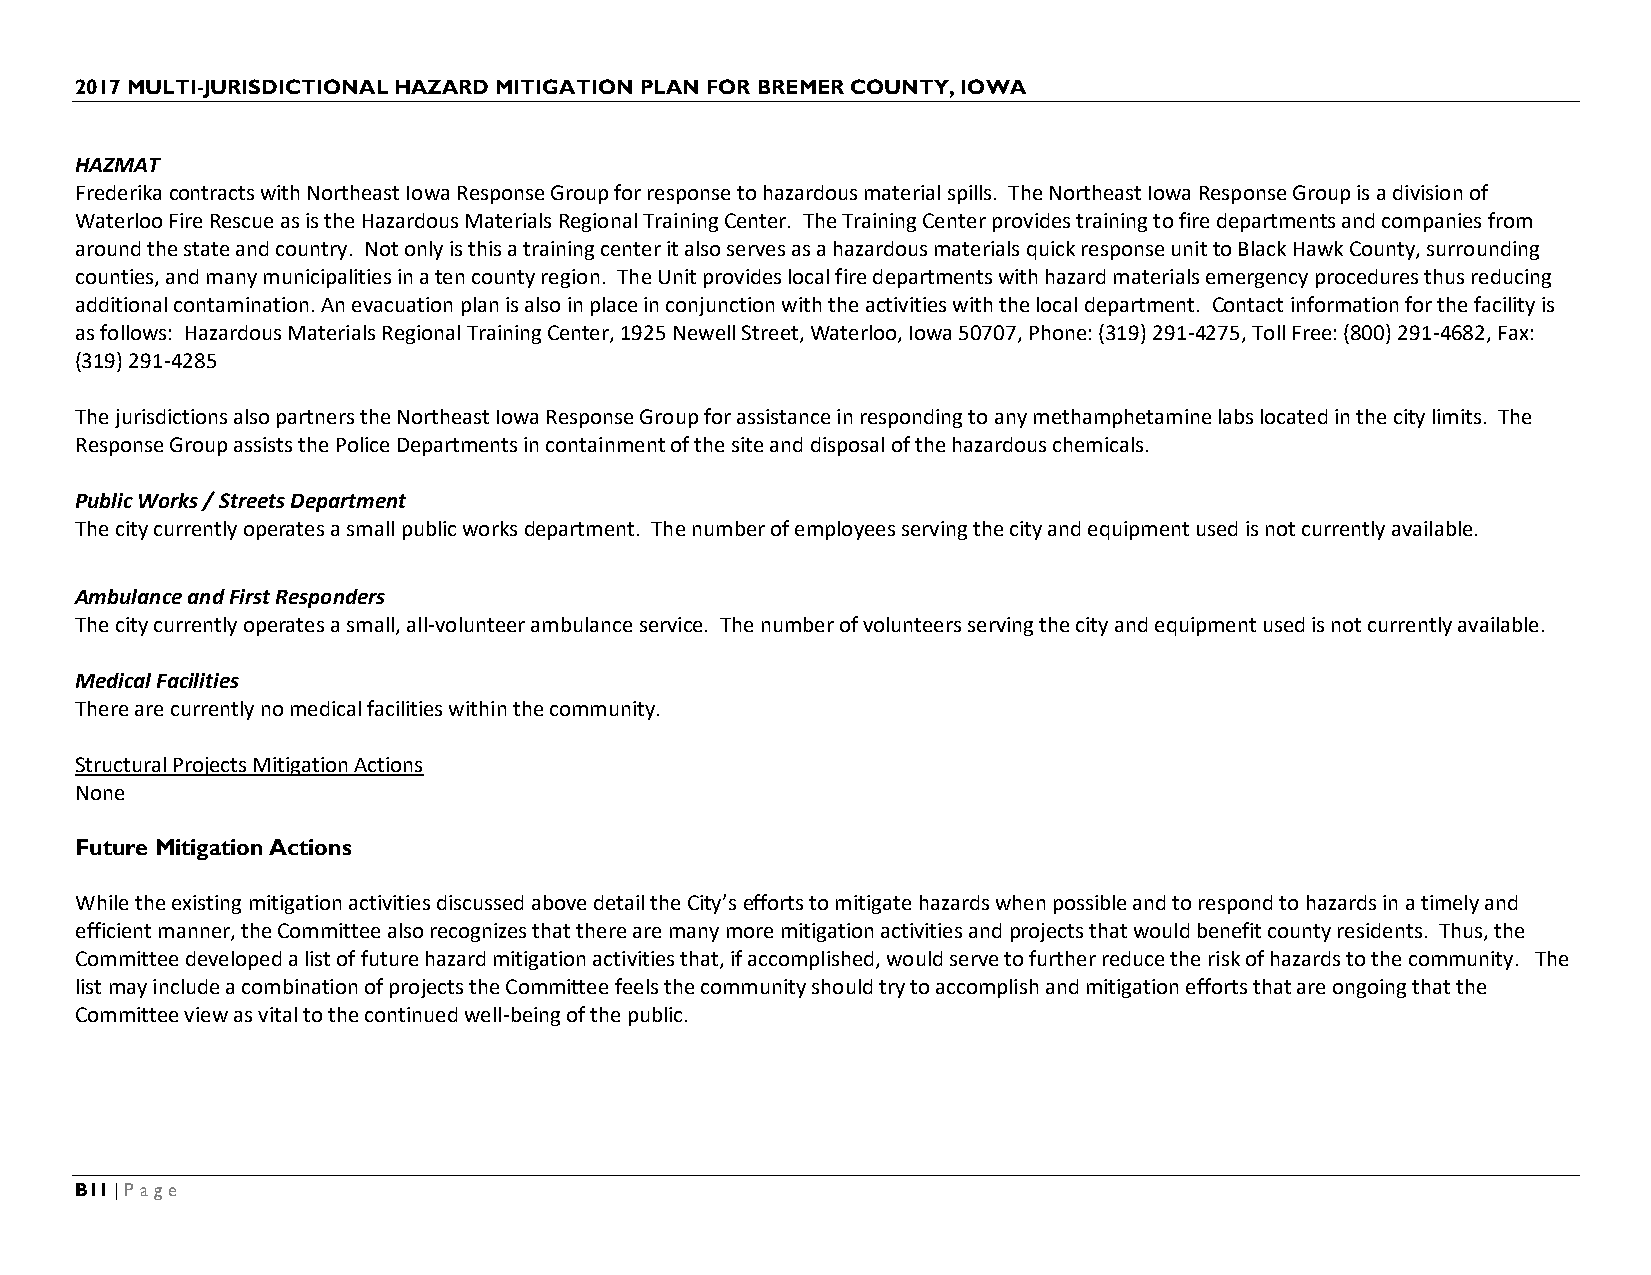
2017 MULTI-JURISDICTIONAL HAZARD MITIGATION PLAN FOR BREMER COUNTY, IOWA
 HAZMAT
 Frederika contracts with Northeast Iowa Response Group for response to hazardous material spills. The Northeast Iowa Response Group is a division of
 Waterloo Fire Rescue as is the Hazardous Materials Regional Training Center. The Training Center provides training to fire departments and companies from
 around the state and country. Not only is this a training center it also serves as a hazardous materials quick response unit to Black Hawk County, surrounding
 counties, and many municipalities in a ten county region. The Unit provides local fire departments with hazard materials emergency procedures thus reducing
 additional contamination. An evacuation plan is also in place in conjunction with the activities with the local department. Contact information for the facility is
 as follows: Hazardous Materials Regional Training Center, 1925 Newell Street, Waterloo, Iowa 50707, Phone: (319) 291-4275, Toll Free: (800) 291-4682, Fax:
 (319) 291-4285
 The jurisdictions also partners the Northeast Iowa Response Group for assistance in responding to any methamphetamine labs located in the city limits. The
 Response Group assists the Police Departments in containment of the site and disposal of the hazardous chemicals.
 Public Works / Streets Department
 The city currently operates a small public works department. The number of employees serving the city and equipment used is not currently available.
 Ambulance and First Responders
 The city currently operates a small, all-volunteer ambulance service. The number of volunteers serving the city and equipment used is not currently available.
 Medical Facilities
 There are currently no medical facilities within the community.
 Structural Projects Mitigation Actions
 None
 Future Mitigation Actions
 While the existing mitigation activities discussed above detail the City’s efforts to mitigate hazards when possible and to respond to hazards in a timely and
 efficient manner, the Committee also recognizes that there are many more mitigation activities and projects that would benefit county residents. Thus, the
 Committee developed a list of future hazard mitigation activities that, if accomplished, would serve to further reduce the risk of hazards to the community. The
 list may include a combination of projects the Committee feels the community should try to accomplish and mitigation efforts that are ongoing that the
 Committee view as vital to the continued well-being of the public.
 B11 | Page